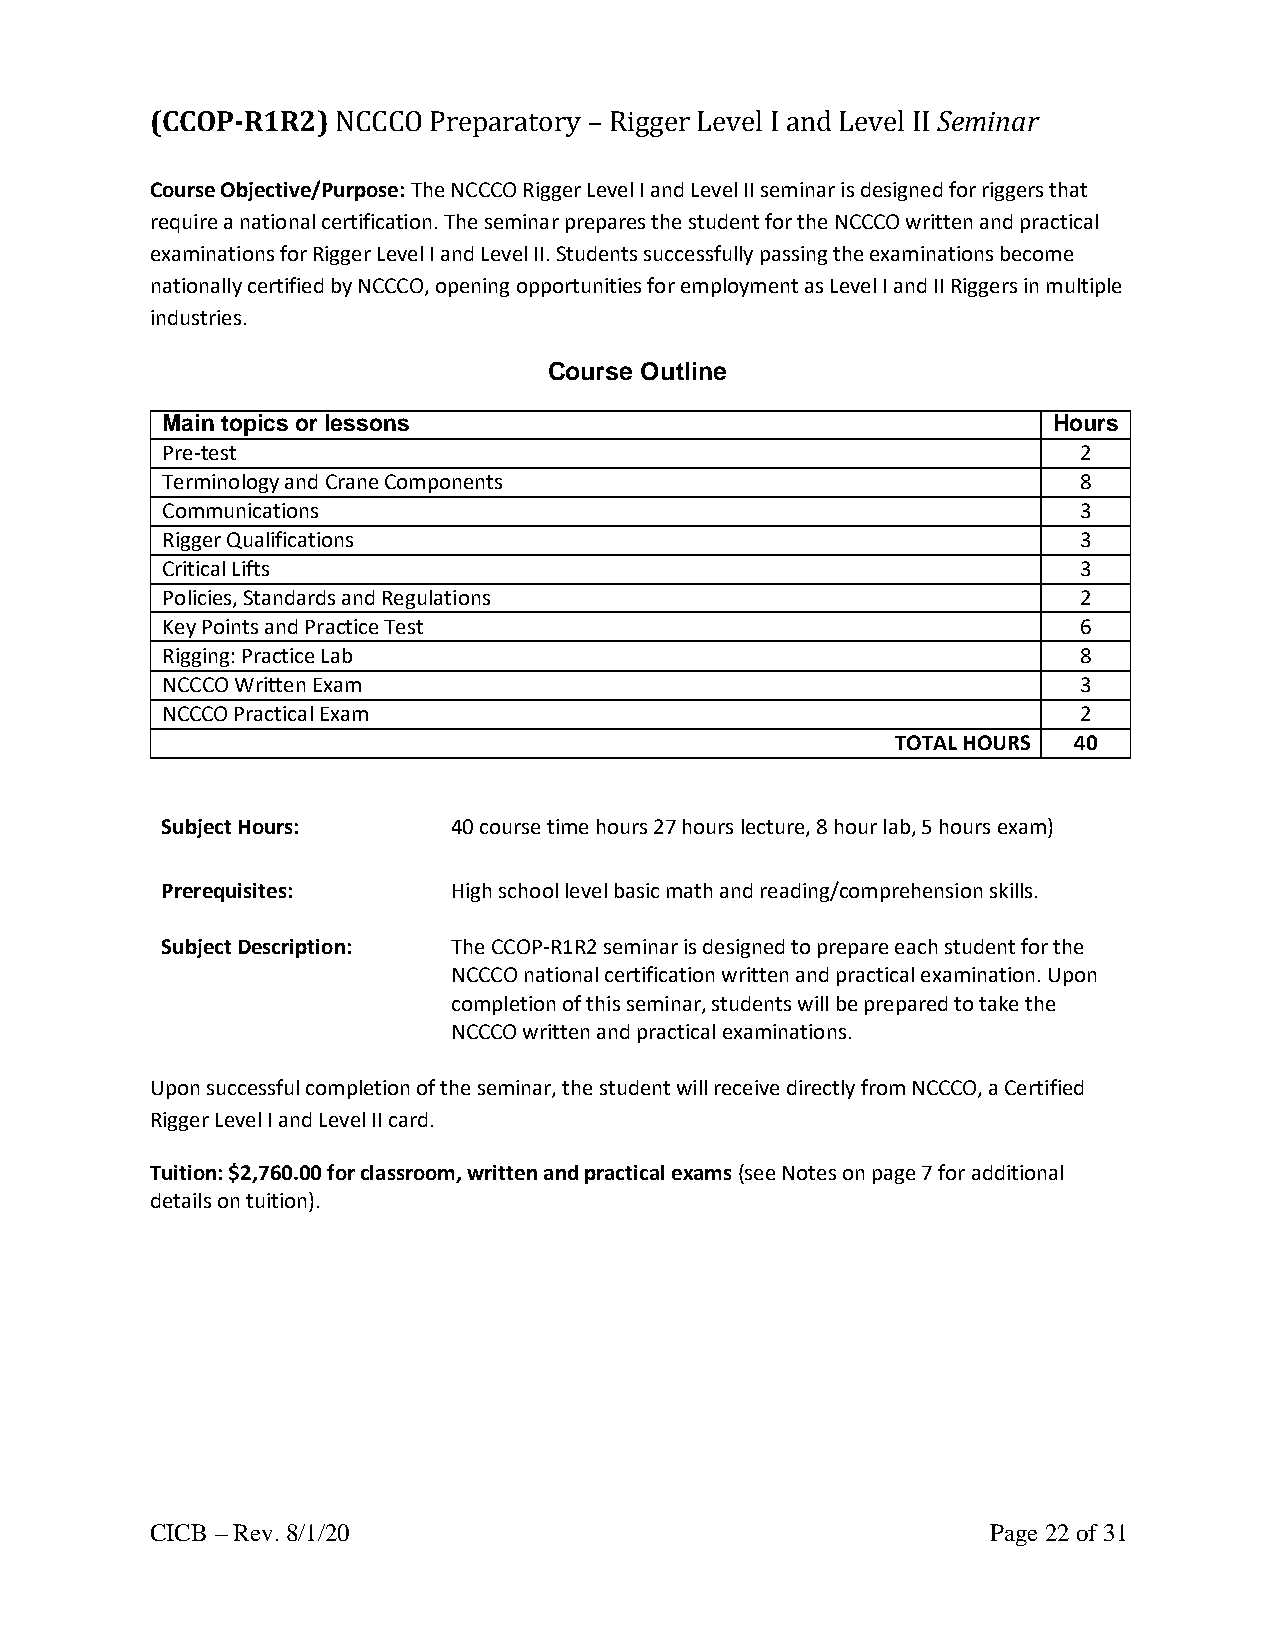
(CCOP-R1R2) NCCCO Preparatory – Rigger Level I and Level II Seminar
 Course Objective/Purpose: The NCCCO Rigger Level I and Level II seminar is designed for riggers that
 require a national certification. The seminar prepares the student for the NCCCO written and practical
 examinations for Rigger Level I and Level II. Students successfully passing the examinations become
 nationally certified by NCCCO, opening opportunities for employment as Level I and II Riggers in multiple
 industries.
 Course Outline
 Main topics or lessons                                     Hours
 Pre-test                                                     2
 Terminology and Crane Components                             8
 Communications                                               3
 Rigger Qualifications                                        3
 Critical Lifts                                               3
 Policies, Standards and Regulations                          2
 Key Points and Practice Test                                 6
 Rigging: Practice Lab                                        8
 NCCCO Written Exam                                           3
 NCCCO Practical Exam                                         2
 TOTAL HOURS 40
 Subject Hours:     40 course time hours 27 hours lecture, 8 hour lab, 5 hours exam)
 Prerequisites:     High school level basic math and reading/comprehension skills.
 Subject Description: The CCOP-R1R2 seminar is designed to prepare each student for the
 NCCCO national certification written and practical examination. Upon
 completion of this seminar, students will be prepared to take the
 NCCCO written and practical examinations.
 Upon successful completion of the seminar, the student will receive directly from NCCCO, a Certified
 Rigger Level I and Level II card.
 Tuition: $2,760.00 for classroom, written and practical exams (see Notes on page 7 for additional
 details on tuition).
 CICB – Rev. 8/1/20                                      Page 22 of 31